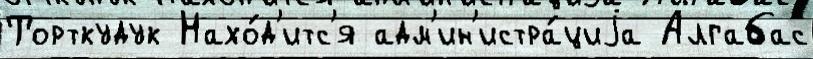
Торткудук Нахо́д'итс'я адм'ин'истра́циjа Алгабас